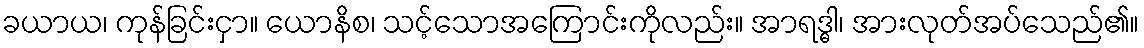
ခယာယ၊ ကုန်ခြင်းငှာ။ ယောနိစ၊ သင့်သောအကြောင်းကိုလည်း။ အာရဒ္ဓါ၊ အားလုတ်အပ်သေည်၏။